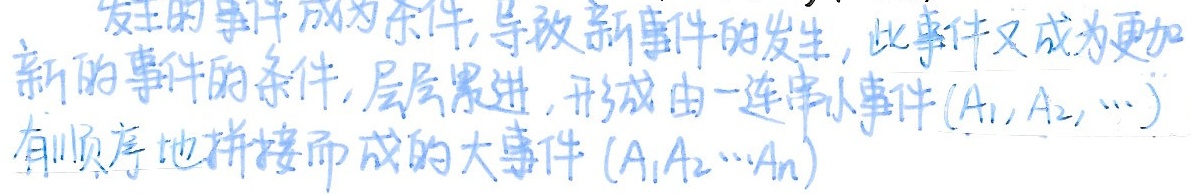
发生的事件成为条件,导致新事件的发生,此事件又成为更加新的事件的条件,层层累进,形成由一连串小事件$(A_1,A_2,\cdots)$有顺序地拼接而成的大事件$(A_1A_2\cdots A_n)$